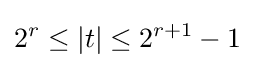
2^{r}\leq |t|\leq 2^{r+1}-1